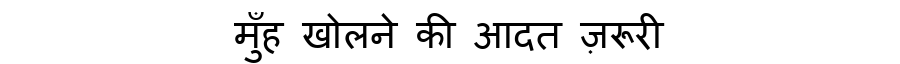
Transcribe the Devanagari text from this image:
मुँह खोलने की आदत ज़रूरी